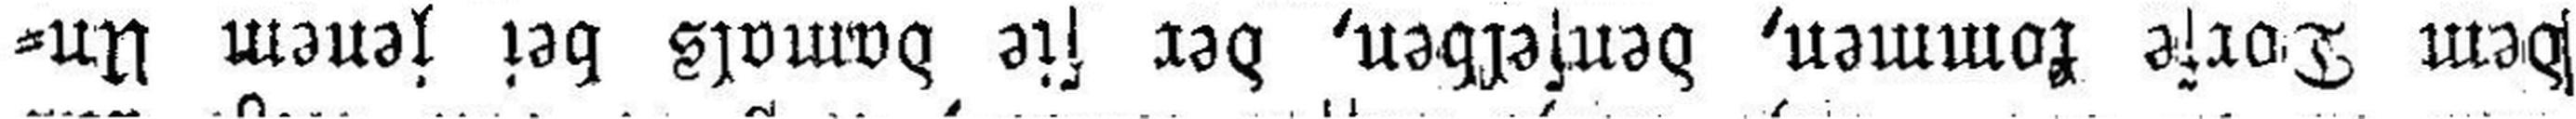
dem Dorfe kommen, denselben, der sie damals bei jenem Un¬